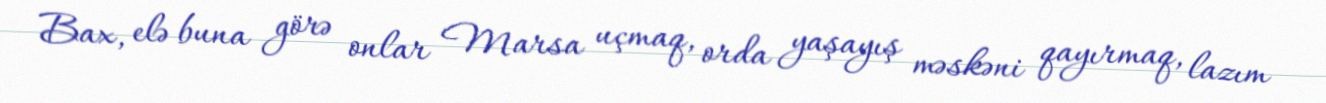
Bax, elə buna görə onlar Marsa uçmaq, orda yaşayış məskəni qayırmaq, lazım